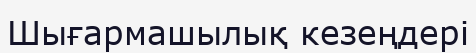
Шығармашылық кезеңдері